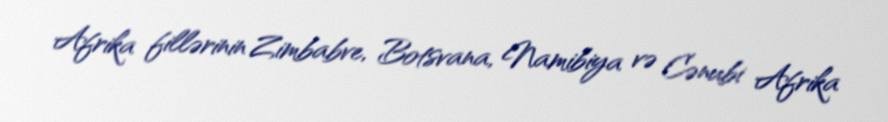
Afrika fillərinin Zimbabve, Botsvana, Namibiya və Cənubi Afrika